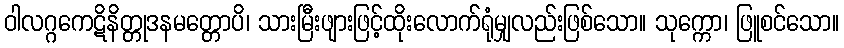
ဝါလဂ္ဂကေဋိနိတ္တုဒနမတ္တောပိ၊ သားမြီးဖျားဖြင့်ထိုးလောက်ရုံမျှလည်းဖြစ်သော။ သုက္ကော၊ ဖြူစင်သော။